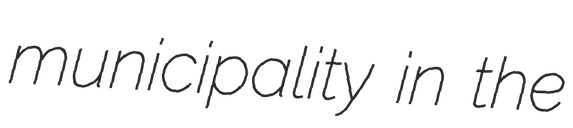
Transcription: municipality in the